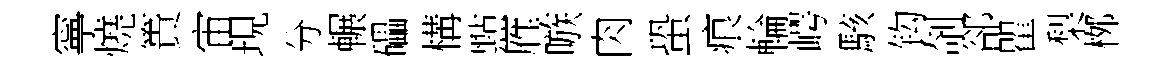
寧燒簣宙現分輾礧構㸃雁嗾肉蛩痕輪崿駭钩剞郤瞿梨桞